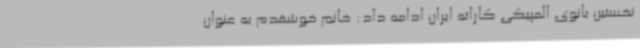
نخستین بانوی المپیکی کاراته ایران ادامه داد: خانم خوشقدم به عنوان